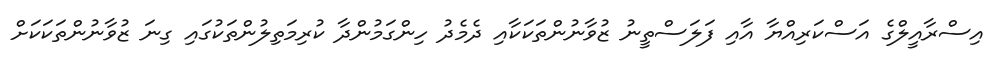
އިސްރާއީލްގެ އަސްކަރިއްޔާ އާއި ފަަލަސްތީނު ޒުވާނުންތަކަކާއި ދެމެދު ހިންގަމުންދާ ކުރިމަތިލުންތަކުގައި ގިނަ ޒުވާނުންތަކަކަށް